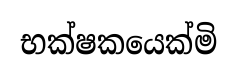
භක්ෂකයෙක්මි